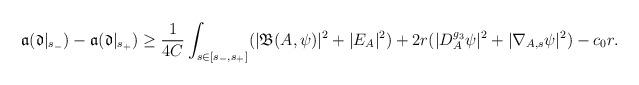
LaTeX: \begin{align*} \mathfrak{a}(\mathfrak{d} \vert_{s_-}) - \mathfrak{a}(\mathfrak{d}\vert_{s_+}) & \ge \frac{1}{4C} \int_{s \in [s_-, s_+]}( |\mathfrak{B}(A,\psi)|^2 + |E_A|^2) + 2r( |D_A^{g_3} \psi|^2 + | \nabla_{A, s} \psi|^2 )-c_0r. \end{align*}